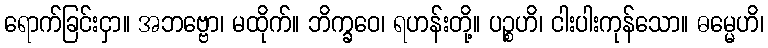
ရောက်ခြင်းငှာ။ အဘဗ္ဗော၊ မထိုက်။ ဘိက္ခဝေ၊ ရဟန်းတို့။ ပဉ္စဟိ၊ ငါးပါးကုန်သော။ ဓမ္မေဟိ၊